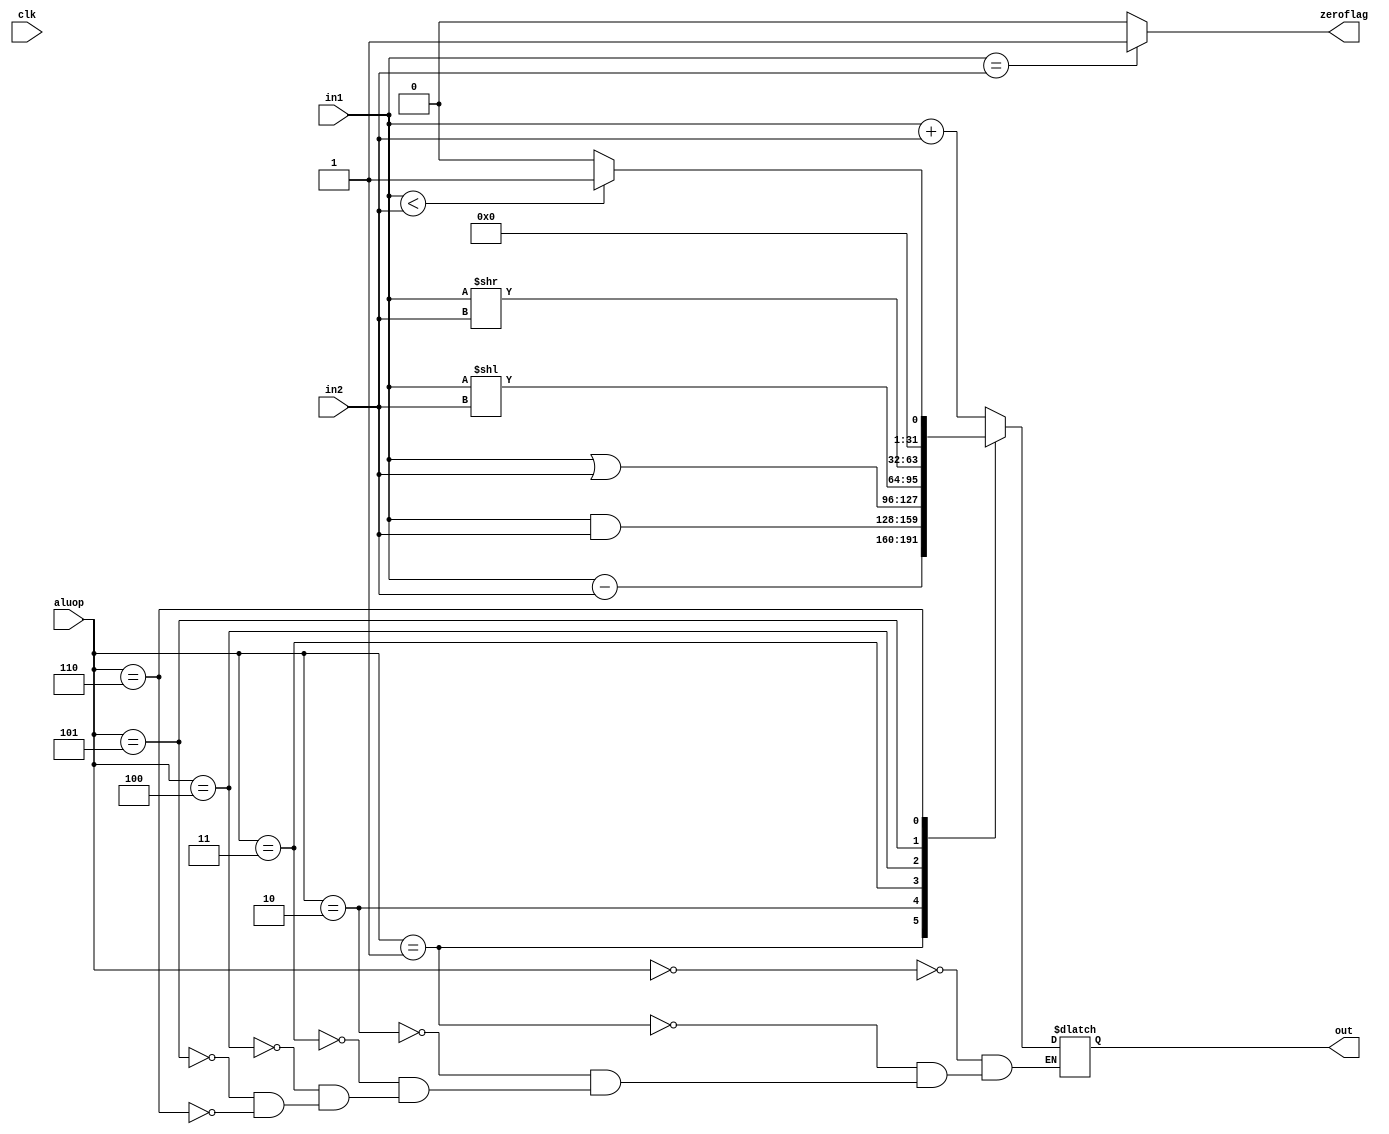
module ALU(clk,in1,in2,out,aluop,zeroflag);
input clk;
input[31:0] in1;
input[31:0] in2;
input[2:0] aluop;
output reg [31:0] out;
output reg zeroflag;

always @(*)
begin
if(in1==in2)
zeroflag=1;
else
zeroflag=0;

case(aluop)
0:out=in1+in2; //add
1:out=in1-in2; //sub
2:out=in1&in2; //and
3:out=in1|in2; //or
4:out=in1<<in2; //sll Shift left logical
5:out=in1>>in2; //srl Shift right logical
6:out=(in1<in2)?1:0; //slt set on less than
endcase
end
endmodule

// module test3();
//
// reg[31:0] x,y;
// reg[2:0] select;
// wire[31:0] res;
// wire zeroflag;
//
//
// initial begin
// x=10;
// y=5;
// select=3'd0;
// #10 $display("the result is:%d",res);
// $display("flag: %d",zeroflag);
// select=3'd1;
// #10 $display("the result is:%d",res);
// $display("flag: %d",zeroflag);
// x=5;
// select=3'd0;
// #30 $display("the result is:%d",res);
// $display("flag: %d",zeroflag);
// select=3'd6;
// x=1;
// #10 $display("the result is:%d",res);
// $display("flag: %d",zeroflag);
// select=3'd5;
// x=1;
// #10 $display("the result is:%d",res);
// $display("flag: %d",zeroflag);
// end
//
// ALU testing(clk,x,y,res,select,zeroflag);
//
// endmodule